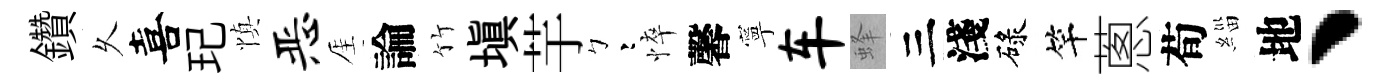
鑽乆喜玘慎恶厓論竹填芋彎悴馨寧车蜂三淺碌竿蔥荀緇地丶